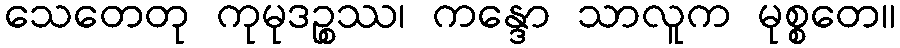
သေတေတု ကုမုဒဉ္စဿ၊ ကန္ဒော သာလူက မုစ္စတေ။